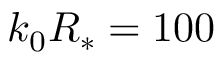
k _ { 0 } R _ { * } = 1 0 0